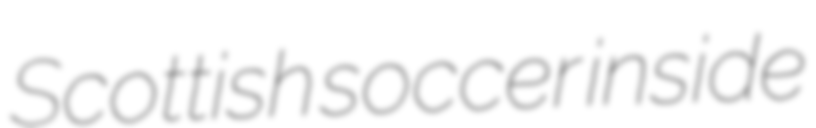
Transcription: Scottish soccer inside